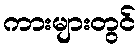
ကားများတွင်